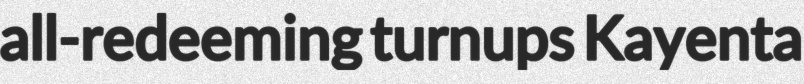
all-redeeming turnups Kayenta